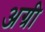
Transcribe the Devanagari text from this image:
अग्री